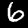
Digit: 6